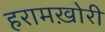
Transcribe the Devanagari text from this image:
हरामख़ोरी